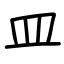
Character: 皿